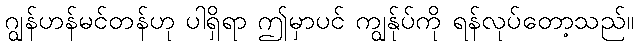
ဂျွန်ဟန်မင်တန်ဟု ပါရှိရာ ဤမှာပင် ကျွန်ုပ်ကို ရန်လုပ်တော့သည်။